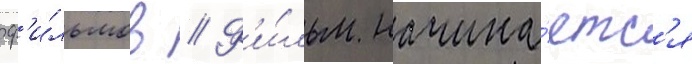
ф'и́льмов // Ф'и́льм начина́етс'я